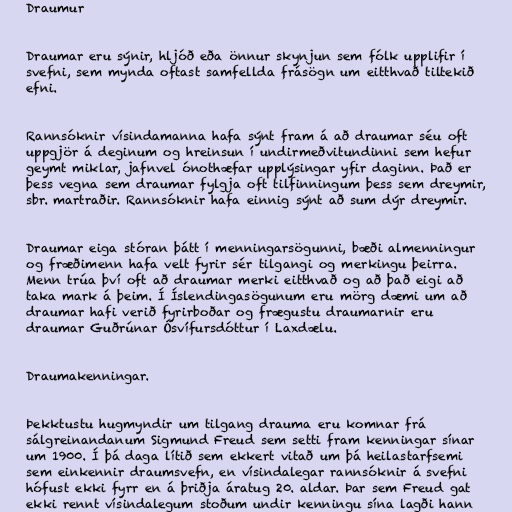
Draumur

Draumar eru sýnir, hljóð eða önnur skynjun sem fólk upplifir í
svefni, sem mynda oftast samfellda frásögn um eitthvað tiltekið
efni.

Rannsóknir vísindamanna hafa sýnt fram á að draumar séu oft
uppgjör á deginum og hreinsun í undirmeðvitundinni sem hefur
geymt miklar, jafnvel ónothæfar upplýsingar yfir daginn. Það er
þess vegna sem draumar fylgja oft tilfinningum þess sem dreymir,
sbr. martraðir. Rannsóknir hafa einnig sýnt að sum dýr dreymir.

Draumar eiga stóran þátt í menningarsögunni, bæði almenningur
og fræðimenn hafa velt fyrir sér tilgangi og merkingu þeirra.
Menn trúa því oft að draumar merki eitthvað og að það eigi að
taka mark á þeim. Í Íslendingasögunum eru mörg dæmi um að
draumar hafi verið fyrirboðar og frægustu draumarnir eru
draumar Guðrúnar Ósvífursdóttur í Laxdælu.

Draumakenningar.

Þekktustu hugmyndir um tilgang drauma eru komnar frá
sálgreinandanum Sigmund Freud sem setti fram kenningar sínar
um 1900. Í þá daga lítið sem ekkert vitað um þá heilastarfsemi
sem einkennir draumsvefn, en vísindalegar rannsóknir á svefni
hófust ekki fyrr en á þriðja áratug 20. aldar. Þar sem Freud gat
ekki rennt vísindalegum stoðum undir kenningu sína lagði hann